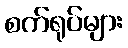
စက်ရုပ်များ